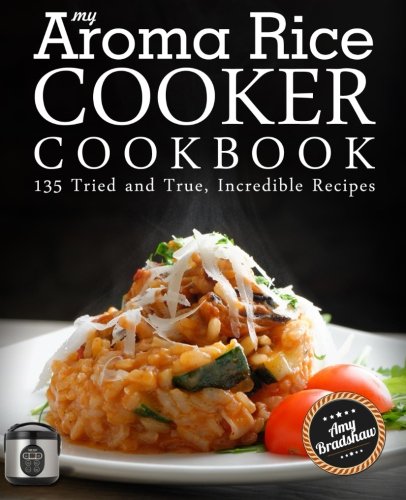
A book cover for My Aroma Rice Cooker Cookbook: 135 Tried and True, Incredible Recipes; Amy Bradshaw; Cookbooks, Food & Wine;